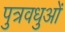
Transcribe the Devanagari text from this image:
पुत्रवधुओं